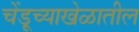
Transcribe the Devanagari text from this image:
चेंडूच्याखेळातील